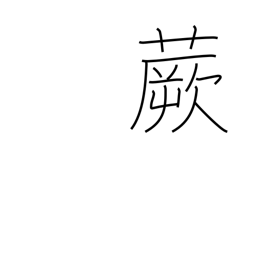
Meaning: fernbrake